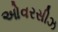
ઓવરસીઝ